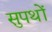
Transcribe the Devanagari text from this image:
सुपथों